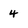
Character: 4